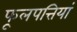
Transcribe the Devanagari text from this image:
फूलपत्तियां